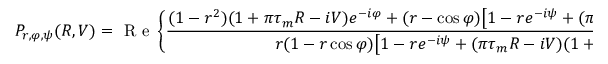
P _ { r , \varphi , \psi } ( R , V ) = \mathrm { ~ R ~ e ~ } \left\{ \frac { ( 1 - r ^ { 2 } ) ( 1 + \pi \tau _ { m } R - i V ) e ^ { - i \varphi } + ( r - \cos \varphi ) \big [ 1 - r e ^ { - i \psi } + ( \pi \tau _ { m } R - i V ) ( 1 + r e ^ { - i \psi } ) \big ] } { r ( 1 - r \cos \varphi ) \big [ 1 - r e ^ { - i \psi } + ( \pi \tau _ { m } R - i V ) ( 1 + r e ^ { - i \psi } ) \big ] } \right\} ;